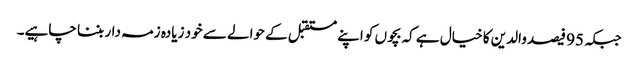
جبکہ 95 فیصد والدین کا خیال ہے کہ بچوں کو اپنے مستقبل کے حوالے سے خود زیادہ زمہ دار بننا چاہیے۔